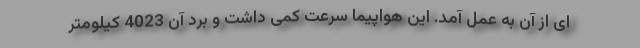
ای از آن به عمل آمد. این هواپیما سرعت کمی داشت و برد آن 4023 کیلومتر